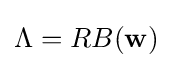
\Lambda =RB(\mathbf {w} )